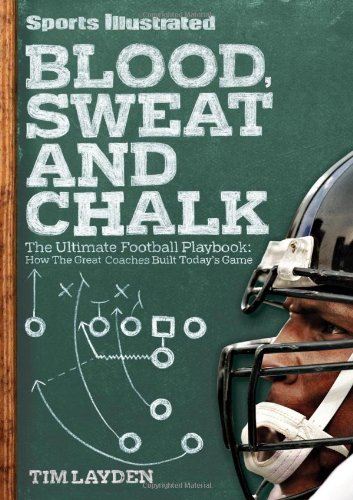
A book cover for Blood, Sweat & Chalk: The Ultimate Football Playbook: How the Great Coaches Built Today's Game; Tim Layden; Sports & Outdoors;